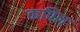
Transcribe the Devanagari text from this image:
कपिल्